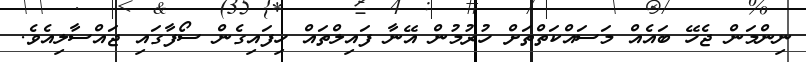
ނިންމަން ޖެހޭ ބައެއް މަސައްކަތްތަށް ހުރުމުން އޭނާ ފައިލްތައް ހިފައިގެން ސޯފާގައި ޖައްސާލިއެވެ.